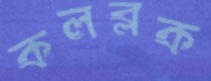
কলব্লক